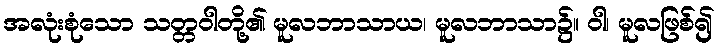
အလုံးစုံသော သတ္တဝါတို့၏ မူလဘာသာယ၊ မူလဘာသာ၌။ ဝါ၊ မူလဖြစ်၍